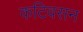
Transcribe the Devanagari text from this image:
कटिवसन